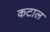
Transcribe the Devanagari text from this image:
कटाल